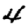
Digit: 4